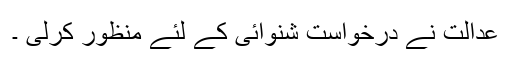
عدالت نے درخواست شنوائی کے لئے منظور کرلی ۔